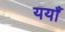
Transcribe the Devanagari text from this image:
ययाँ